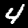
Label: 4